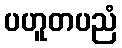
ပဟူတပညံ